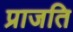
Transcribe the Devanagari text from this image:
प्राजति